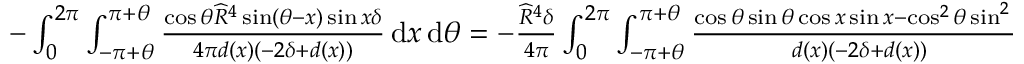
\begin{array} { r } { - \int _ { 0 } ^ { 2 \pi } \int _ { - \pi + \theta } ^ { \pi + \theta } \frac { \cos \theta \widehat { R } ^ { 4 } \sin ( \theta - x ) \sin x \delta } { 4 \pi d ( x ) ( - 2 \delta + d ( x ) ) } \, { \mathrm { d } } x \, { \mathrm { d } } \theta = - \frac { \widehat { R } ^ { 4 } \delta } { 4 \pi } \int _ { 0 } ^ { 2 \pi } \int _ { - \pi + \theta } ^ { \pi + \theta } \frac { \cos \theta \sin \theta \cos x \sin x - \cos ^ { 2 } \theta \sin ^ { 2 } x } { d ( x ) \left( - 2 \delta + d ( x ) \right) } \, { \mathrm { d } } x \, { \mathrm { d } } \theta . } \end{array}